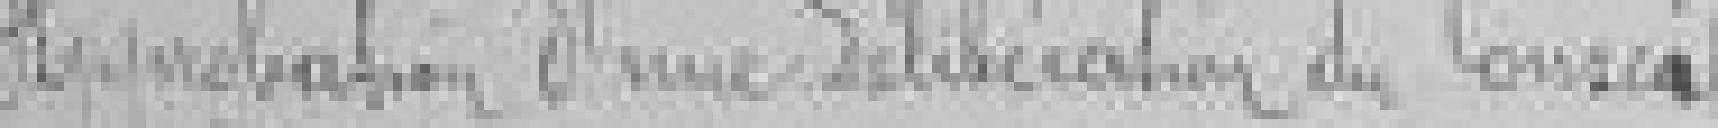
Approbation d'une délibération du Conseil